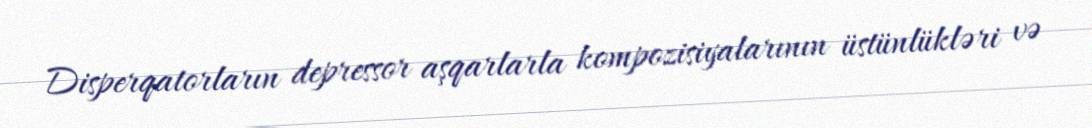
Disperqatorların depressor aşqarlarla kompozisiyalarının üstünlükləri və